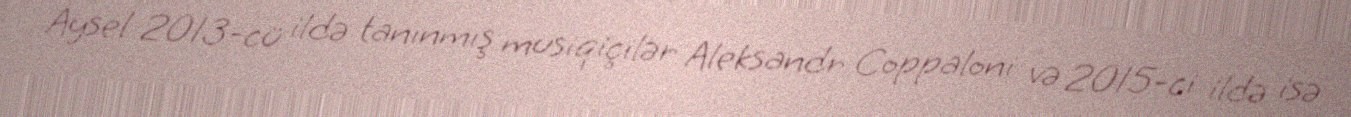
Aysel 2013-cü ildə tanınmış musiqiçilər Aleksandr Coppaloni və 2015-ci ildə isə